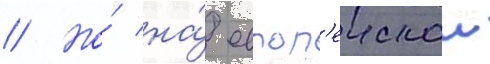
// Но́ на́ европ'еискои